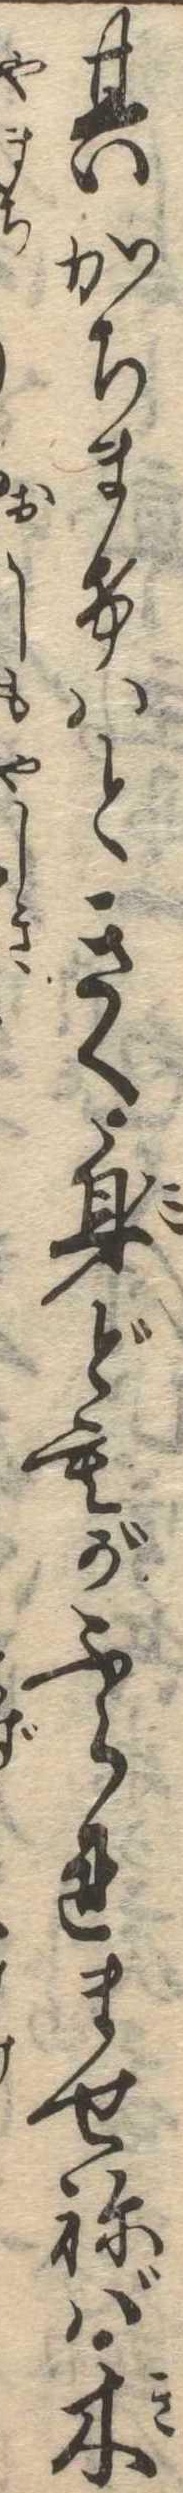
其かちまけはときく身どもがふられませねば木